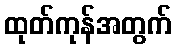
ထုတ်ကုန်အတွက်